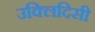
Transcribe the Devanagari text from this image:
उक्लिदिसी